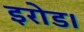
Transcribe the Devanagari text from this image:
इरोड।